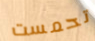
تحمست